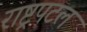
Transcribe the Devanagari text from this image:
राष्ट्रपटल